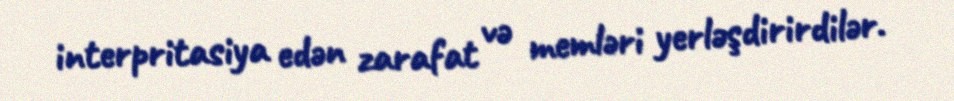
interpritasiya edən zarafat və memləri yerləşdirirdilər.